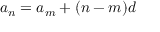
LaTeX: \ a _ { n } = a _ { m } + ( n - m ) d